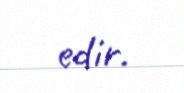
edir.